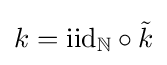
k=\mathrm {iid} _{\mathbb {N} }\circ {\tilde {k}}